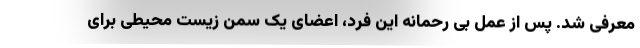
معرفی شد. پس از عمل بی رحمانه این فرد، اعضای یک سمن زیست محیطی برای